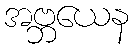
အဗ္ဘယေန